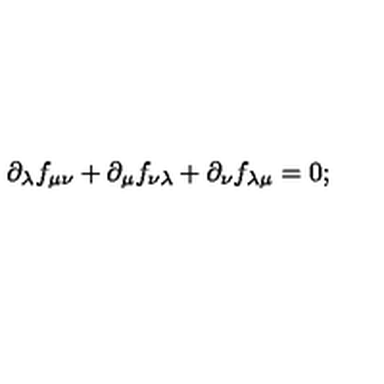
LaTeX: { \partial _ { \lambda } } f _ { \mu \nu } + { \partial _ { \mu } } f _ { \nu \lambda } + { \partial _ { \nu } } f _ { \lambda \mu } = 0 ;